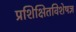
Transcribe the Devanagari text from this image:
प्रशिक्षितविशेषज्ञ